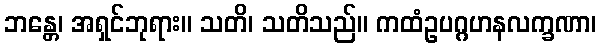
ဘန္တေ၊ အရှင်ဘုရား။ သတိ၊ သတိသည်။ ကထံဥပဂ္ဂဟနလက္ခဏာ၊